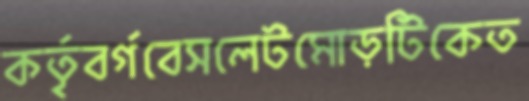
কর্তৃবর্গবেসলেটমোড়টিকেত